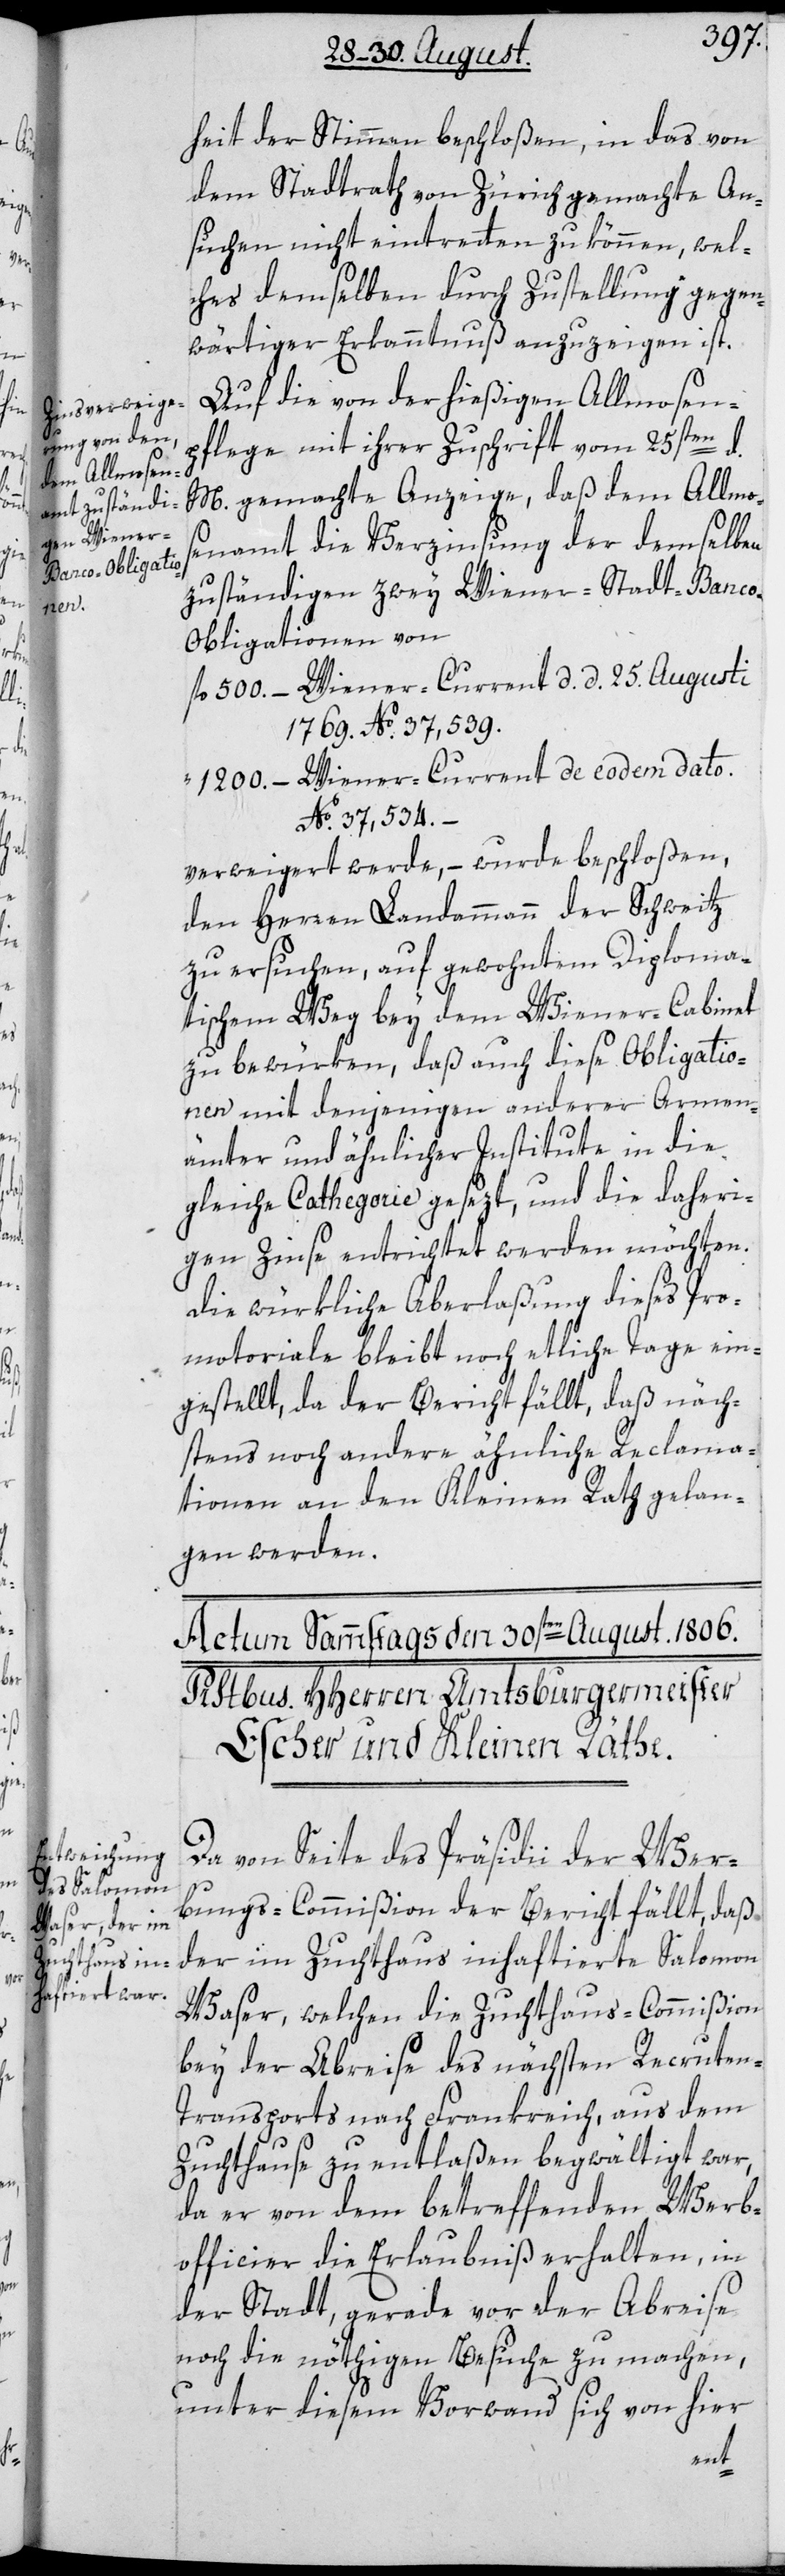
heit der Stimmen beschloßen, in das von
dem Stadtrath von Zürich gemachte An¬
suchen nicht eintretten zu können, wel¬
ches demselben durch Zustellung gegen¬
wärtiger Erkanntnuß anzuzeigen ist.
Auf die von der hießigen Allmosen¬
pflege mit ihrer Zuschrift vom 25sten d.
M. gemachte Anzeige, daß dem Allmo¬
senamt die Verzinsung der demselben
zuständigen zwey Wiener-Stadt-Banc¬
o-Obligationen von
fl. 500.– Wiener-Current d. d. 25. Augusti
1769. No. 37,539.
1200.– Wiener-Current de eodem dato.
No. 37,534.–
verweigert werde, – wurde beschloßen,
den Herren Landammann der Schweitz
zu ersuchen, auf gewohntem Diploma¬
tischen Weg bey dem Wiener-Cabinet
zu bewürken, daß auch diese Obligatio¬
nen mit denjenigen anderer Armen¬
ämter und ähnlicher Institute in die
gleiche Cathegorie gesezt, und die daheri¬
gen Zinse entrichtet werden möchten.
Die würkliche Aberlaßung dieses Pro¬
motoriale bleibt noch etliche Tage ein¬
gestellt, da der Bericht fällt, daß näch¬
stens noch andere ähnliche Reclama¬
tionen an den Kleinen Rath gelan¬
gen werden.
Da von Seite des Präsidii der Wer¬
bungs-Commißion der Bericht fällt, daß
der im Zuchthaus inhaftierte Salomon
Waser, welchen die Zuchthaus-Commißion
bey der Abreise des nächsten Recrute¬
n-Transports nach Frankreich, aus dem
Zuchthause zu entlaßen begwältigt war,
da er von dem betreffenden Werb¬
officier die Erlaubniß erhalten, in
der Stadt, gerade vor der Abreise
noch die nöthigen Besuche zu machen,
unter diesem Vorwand sich von hier